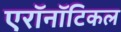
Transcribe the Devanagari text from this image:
एरॉनॉटिकल